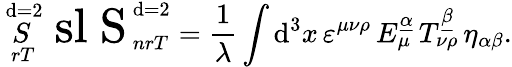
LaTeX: \mathop{S}_{\ rT}^{\ \mathrm{d}=2}\mathrm{{\LARGE\ sl~S}}_{\ nrT}^{\ \mathrm{d}=2}={\frac{{1}}{{\lambda}}}\int\mathrm{d}^{3}x\, \varepsilon^{\mu\nu\rho}\, E_{\mu}^{\underline{{{{\alpha}}}}}\, T_{\nu\rho}^{\underline{{{{\beta}}}}}\, \eta_{\alpha\beta}.